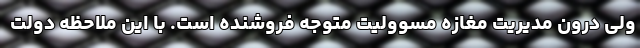
ولی درون مدیریت مغازه مسوولیت متوجه فروشنده است. با این ملاحظه دولت